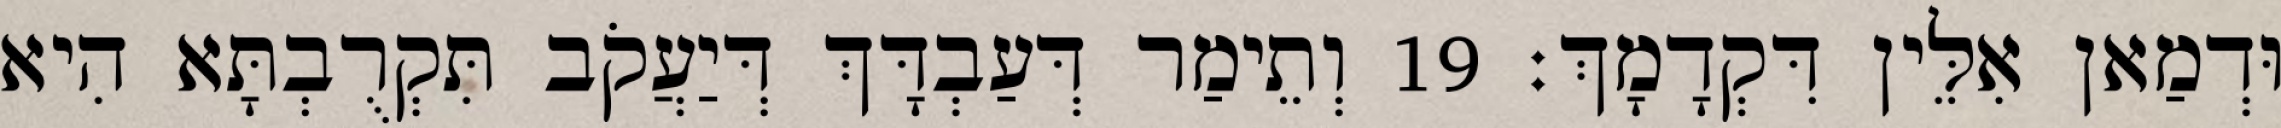
וּדְמַאן אִלֵּין דִּקְדָמָךְ׃ 19 וְתֵימַר דְּעַבְדָּךְ דְּיַעֲקֹב תִּקְרֻבְתָּא הִיא